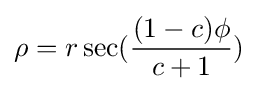
\rho =r\sec({\frac {(1-c)\phi }{c+1}})